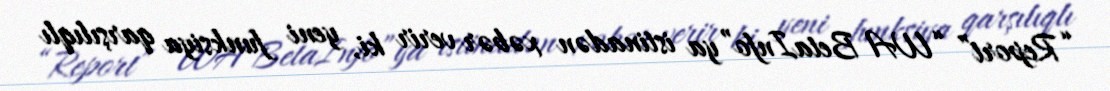
“Report” “WA BetaInfo”ya istinadən xəbər verir ki, yeni funksiya qarşılıqlı